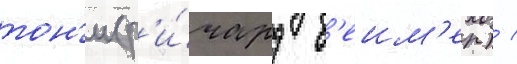
тон'и (р'и́чард б'еим'ер) /